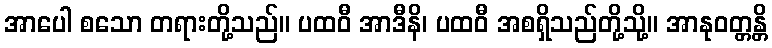
အာပေါ စသော တရားတို့သည်။ ပထဝီ အာဒီနိ၊ ပထဝီ အစရှိသည်တို့သို့။ အာနုဝတ္တန္တိ